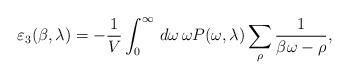
LaTeX: \begin{align*}\varepsilon_{3}(\beta,\lambda)=-\frac{1}{V}\int_{0}^{\infty}\,d\omega\,\omega P(\omega,\lambda)\sum_{\rho}\frac{1}{\beta\omega-\rho},\end{align*}